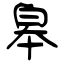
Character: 皋